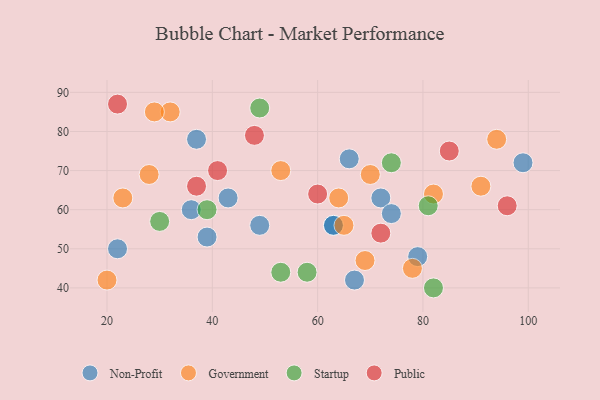
{"axis": {"x": "GDP", "y": "Life Expectancy"}, "legend": ["Government", "Non-Profit", "Public", "Startup"], "data": [{"x": "72", "y": 63, "type": "Non-Profit"}, {"x": "22", "y": 50, "type": "Non-Profit"}, {"x": "39", "y": 53, "type": "Non-Profit"}, {"x": "37", "y": 78, "type": "Non-Profit"}, {"x": "99", "y": 72, "type": "Non-Profit"}, {"x": "66", "y": 73, "type": "Non-Profit"}, {"x": "36", "y": 60, "type": "Non-Profit"}, {"x": "49", "y": 56, "type": "Non-Profit"}, {"x": "67", "y": 42, "type": "Non-Profit"}, {"x": "43", "y": 63, "type": "Non-Profit"}, {"x": "63", "y": 56, "type": "Non-Profit"}, {"x": "79", "y": 48, "type": "Non-Profit"}, {"x": "74", "y": 59, "type": "Non-Profit"}, {"x": "63", "y": 56, "type": "Non-Profit"}, {"x": "64", "y": 63, "type": "Government"}, {"x": "53", "y": 70, "type": "Government"}, {"x": "78", "y": 45, "type": "Government"}, {"x": "91", "y": 66, "type": "Government"}, {"x": "69", "y": 47, "type": "Government"}, {"x": "70", "y": 69, "type": "Government"}, {"x": "20", "y": 42, "type": "Government"}, {"x": "32", "y": 85, "type": "Government"}, {"x": "65", "y": 56, "type": "Government"}, {"x": "29", "y": 85, "type": "Government"}, {"x": "23", "y": 63, "type": "Government"}, {"x": "82", "y": 64, "type": "Government"}, {"x": "28", "y": 69, "type": "Government"}, {"x": "94", "y": 78, "type": "Government"}, {"x": "82", "y": 40, "type": "Startup"}, {"x": "81", "y": 61, "type": "Startup"}, {"x": "53", "y": 44, "type": "Startup"}, {"x": "58", "y": 44, "type": "Startup"}, {"x": "49", "y": 86, "type": "Startup"}, {"x": "39", "y": 60, "type": "Startup"}, {"x": "30", "y": 57, "type": "Startup"}, {"x": "74", "y": 72, "type": "Startup"}, {"x": "41", "y": 70, "type": "Public"}, {"x": "96", "y": 61, "type": "Public"}, {"x": "37", "y": 66, "type": "Public"}, {"x": "85", "y": 75, "type": "Public"}, {"x": "72", "y": 54, "type": "Public"}, {"x": "60", "y": 64, "type": "Public"}, {"x": "22", "y": 87, "type": "Public"}, {"x": "48", "y": 79, "type": "Public"}]}